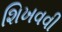
શિખવવી